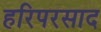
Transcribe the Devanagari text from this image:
हरिपरसाद